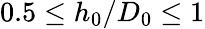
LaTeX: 0.5\leq h_{0}/D_{0}\leq 1